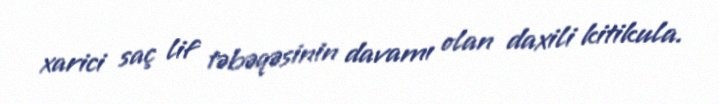
xarici saç lif təbəqəsinin davamı olan daxili kitikula.